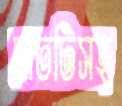
সাতটিসহ